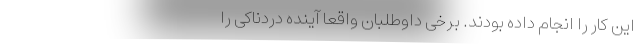
این کار را انجام داده بودند. برخی داوطلبان واقعا آینده دردناکی را